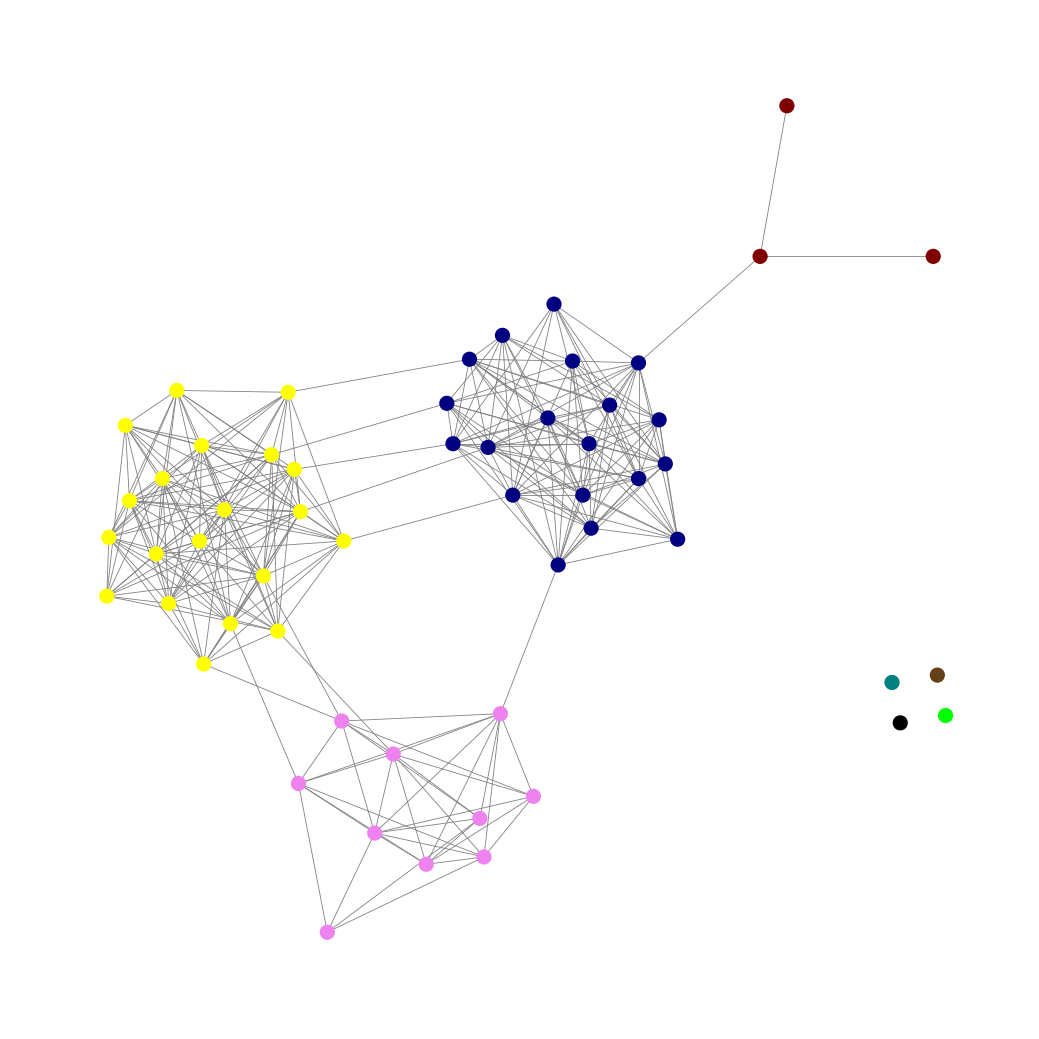
Graph connected: No
Number of connected components: 5
Number of singletons: 4
Total number of nodes: 56
Total number of edges: 302
Number of communities: 8
Community sizes:
Black: 1
Lime: 1
Maroon: 3
Navy: 19
Pullman Brown: 1
Teal: 1
Violet: 10
Yellow: 20
Graph layout: tda
Graph generation method: erdos_renyi